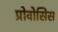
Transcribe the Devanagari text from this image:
प्रोवोसिस